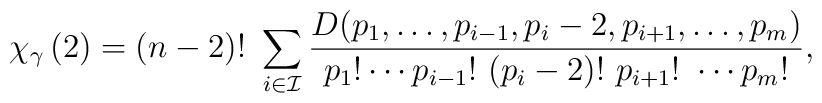
\chi_{\gamma} \left( 2\right) =	(n-2)!\ 	\sum_{i\in {\cal I}} 	\frac{D(p_1,\ldots,p_{i-1},p_i - 2,	p_{i+1},\ldots,p_m)}{p_1!\cdots 	p_{i-1}!\ (p_{i}-2)!\ p_{i+1}!\ \cdots p_m!},